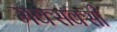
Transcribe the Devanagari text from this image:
मक्सक्सी